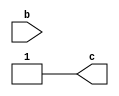
module constant_in_or(input b, output c);
	assign c = b | 1'b1;
endmodule